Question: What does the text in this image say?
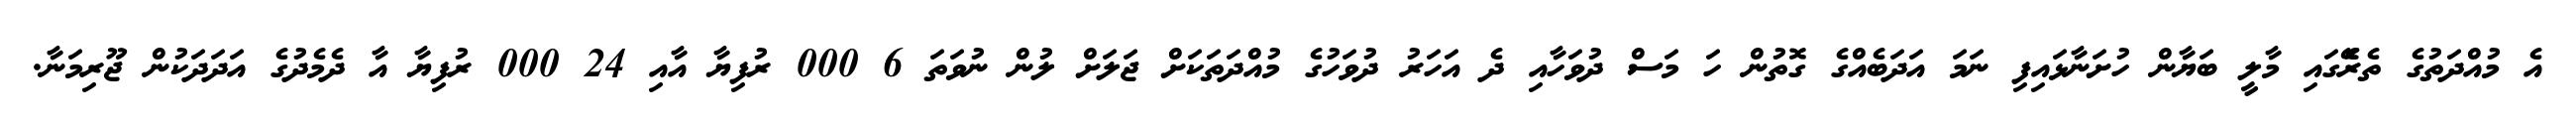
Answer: އެ މުއްދަތުގެ ތެރެޭގައި މާލީ ބަޔާން ހުށަނާޅައިފި ނަމަ އަދަބެއްގެ ގޮތުން ހަ މަސް ދުވަހާއި ދެ އަހަރު ދުވަހުގެ މުއްދަތަކަށް ޖަލަށް ލުން ނުވަތަ 6 000 ރުފިޔާ އާއި 24 000 ރުފިޔާ އާ ދެމެދުގެ އަދަދަކުން ޖޫރިމަނާ.